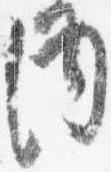
内